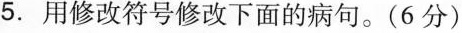
5. 用修改符号修改下面的病句。(6分)